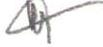
?